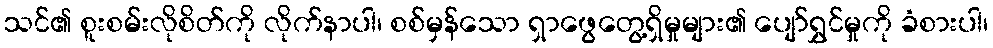
သင်၏ စူးစမ်းလိုစိတ်ကို လိုက်နာပါ၊ စစ်မှန်သော ရှာဖွေတွေ့ရှိမှုများ၏ ပျော်ရွှင်မှုကို ခံစားပါ၊